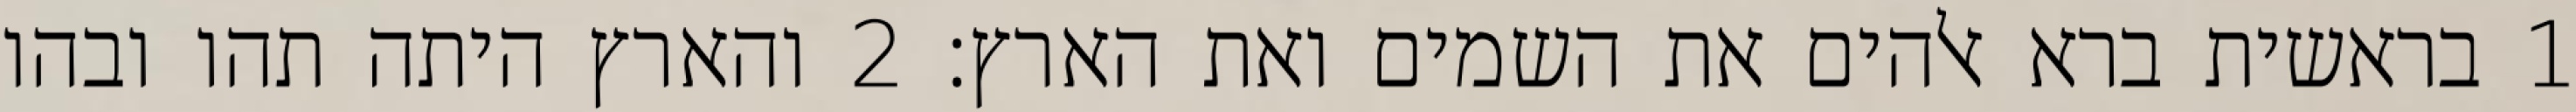
1 בראשית ברא אלהים את השמים ואת הארץ׃ ‎2‏ והארץ היתה תהו ובהו